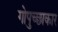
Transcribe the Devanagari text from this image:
गोपुच्छाकार